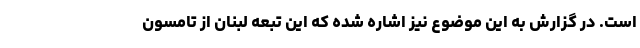
است. در گزارش به این موضوع نیز اشاره شده که این تبعه لبنان از تامسون